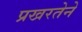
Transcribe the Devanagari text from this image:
प्रखरतेने